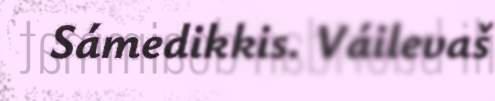
Sámedikkis. Váilevaš